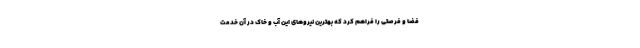
فضا و فرصتی را فراهم کرد که بهترین نیروهای این آب و خاک در آن خدمت